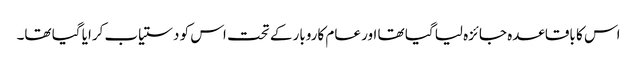
اس کا باقاعدہ جائزہ لیا گیا تھا اور عام کاروبار کے تحت اس کو دستیاب کرایا گیا تھا۔